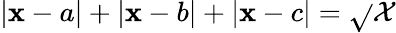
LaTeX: \left|\mathbf{x}-a\right|+\left|\mathbf{x}-b\right|+\left|\mathbf{x}-c\right|=\sqrt{}{{\mathcal{{X}}}}